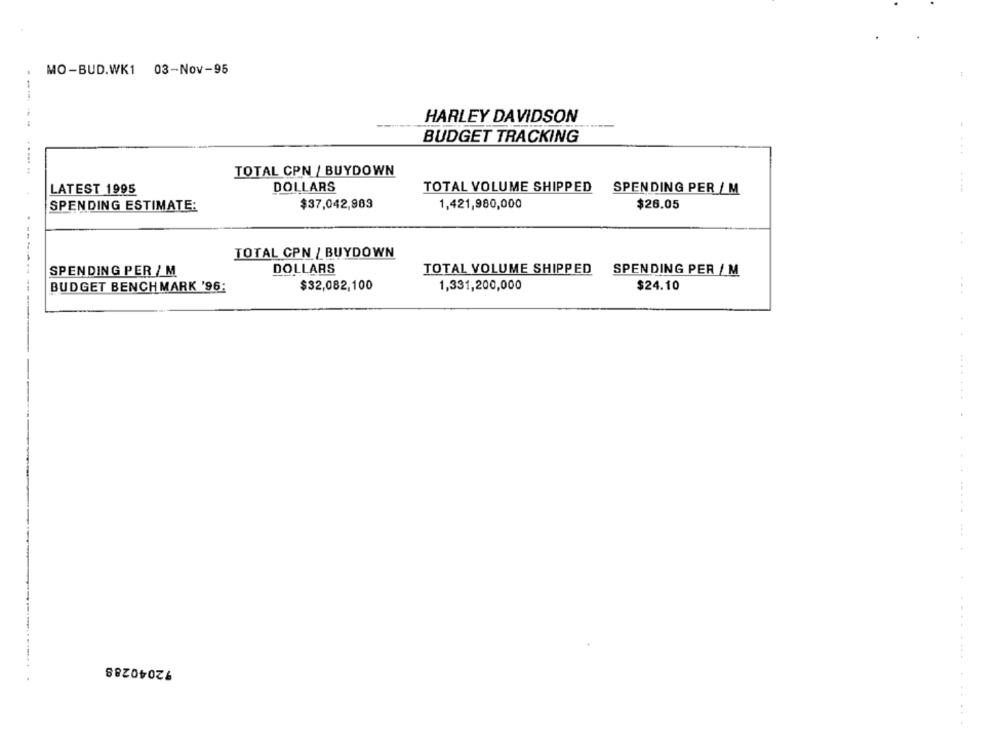
MO-BUD.WK1 03-Nov-95
HARLEY DAVIDSON
-----
BUDGET TRACKING
TOTAL CPN / BUYDOWN
LATEST 1995
DOLLARS
TOTAL VOLUME SHIPPED
SPENDING PER / M
.... ...
SPENDING ESTIMATE:
$37,042,983
1,421,980,000
$26.05
TOTAL CPN / BUYDOWN
SPENDING PER / M
DOLLARS
TOTAL VOLUME SHIPPED
SPENDING PER / M
BUDGET BENCHMARK '96:
$32,082,100
1,331,200,000
$24.10
72040288
.............. .